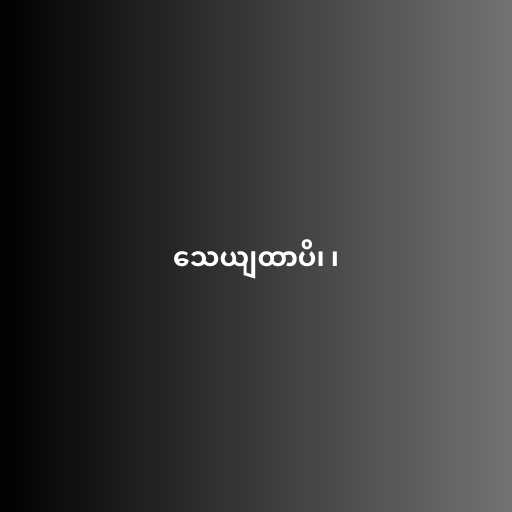
သေယျထာပိ၊ ၊